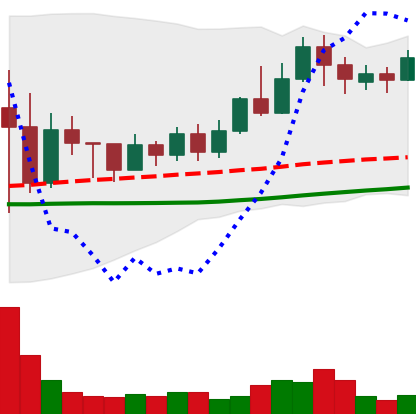
Ticker: TRX-USD
Chart end date: 2022-05-30
Forward return: -3.474%
Label: down_3_5